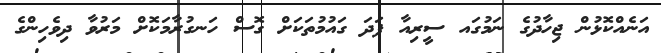
އަނެއްކޮޅުން ޖިހާދުގެ ނަމުގައ ސީރިއާ ފަދަ ގައުމުތަކަށް ގޮސް ހަނގުރާމަކޮށް މަރުވާ ދިވެހިންގެ